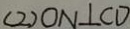
( 2 ) O N \bot C D